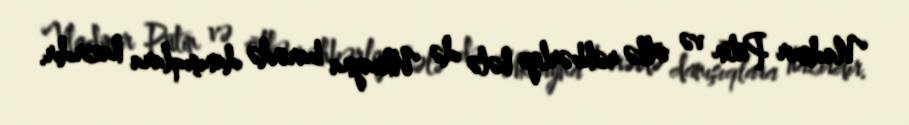
Vladimir Putin və ölkə rəhbərliyi hələ də Ukrayna barədə danışıqlara hazırdır.